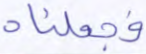
فجعلناه